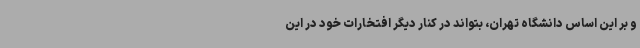
و بر این اساس دانشگاه تهران، بتواند در کنار دیگر افتخارات خود در این